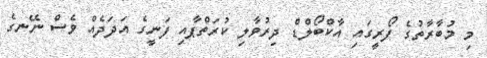
މި މުބާރާތުގެ ފޯރީގައި އާކްބޯލްޑް ދިރުވާލި ކުރަތްޕާއި ފަނީގެ އަދަދެއް ވެސް ނޭނގެ